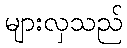
များလှသည်